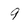
Character: 9